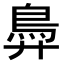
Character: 𬶽